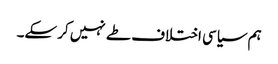
ہم سیاسی اختلاف طے نہیں کر سکے۔